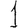
Digit: 1